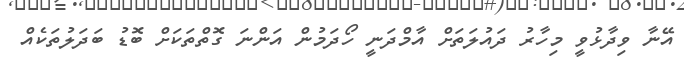
އޭނާ ވިދާޅުވީ މިހާރު ދައުލަތަށް އާމްދަނީ ހޯދަމުން އަންނަ ގޮތްތަކަށް ބޮޑު ބަދަލުތަކެއް